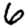
Digit: 6